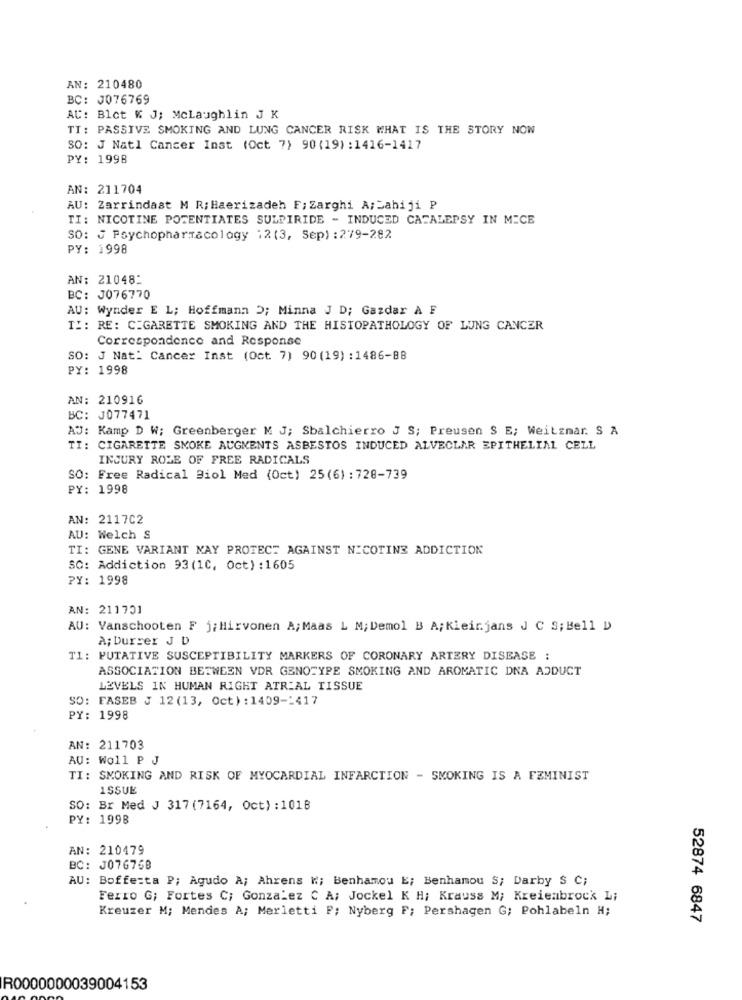
AN: 210480
BC: J076769
AU: Blet & J; Mclaughlin J K
TI: PASSIVE SMOKING AND LUNG CANCER RISK WHAT IS THE STORY NOW
SO: J Natl Cancer Inst (Oct 7) 90(19) :1416-1417
PY: 1998
AN: 211704
AU: Zarrindast M R; Haerizadeh F; Zarghi A;Zahiji P
TI: NICOTINE POTENTIATES SULPIRIDE - INDUCED CATALEPSY IN MICE
SO: J Psychopharmacology 12(3, Sep) : 279-282
PY: 1998
AN: 210482
BC: J076770
AU: Wynder E L; Hoffmann D; Minna J D; Gazdar À F
TI: RE: CIGARETTE SMOKING AND THE HISTOPATHOLOGY OF LUNG CANCER
Correspondence and Response
SO: J Nat: Cancer Inst (Oct. 7) 90 (19) : 1486-88
PY: 1998
AN: 210916
BC: J077471
AJ: Kamp D W; Greenberger M J; Sbalchierro J S; Preusen S E; Weitzmar. S A
TI: CIGARETTE SMOKE AUGMENTS ASBESTOS INDUCED ALVEOLAR EPITHELIAL CELL
INJURY ROLE OF FREE RADICALS
SO: Free Radical Biol Med (Oct) 25(6) : 728-739
PY: 1998
AN: 2117C2
AU: Welch S
TI: GENE VARIANT MAY PROTECT AGAINST NICOTINE ADDICTION
SC: Addiction 93 (1C, Oct) :1605
PY: 1998
AN: 211731
AU: Vanschooten F j; Hirvonen A; Maas L M; Demol B A; Klein.jans J C S; Bell D
A; Durser J D
T1: PUTATIVE SUSCEPTIBILITY MARKERS OF CORONARY ARTERY DISEASE :
ASSOCIATION BETWEEN VDR GENOTYPE SMOKING AND AROMATIC DNA ADDUCT
LEVELS IN HUMAN RIGHT ATRIAL TISSUE
SO: FASEB J 12 (13, Oct) : 1409-1417
PY: 1998
AN: 211703
AU: Woll P J
TI: SMOKING AND RISK OF MYOCARDIAL INFARCTION - SMOKING IS A FEMINIST
ISSUE
SO: Br Med J 317 (7164, Oct) : 1018
PY: 1998
AN: 210479
BC: J076758
AU: Bofferta P; Agudo A; Ahrens W :; Benhamou E; Benhamou S; Darby S C;
Ferro G; Fortes C; Gonzalez C A; Jockel K H; Krauss M; Kreiembrock Li
Kreuzer M; Mendes A; Merletti F; Nyberg F; Pershagen G; Pohlabeln H;
52874 6847
R0000000039004153